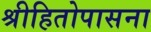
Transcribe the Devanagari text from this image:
श्रीहितोपासना